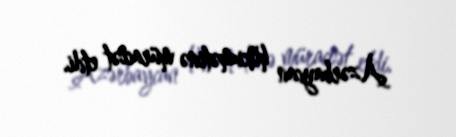
Azərbaycan hökumətinə müraciət etdi.